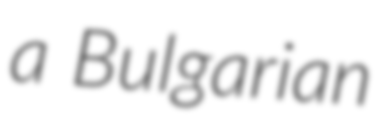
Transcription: a Bulgarian